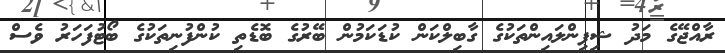
ރާއްޖޭގެ މަދު ޝިޕިންލައިންތަކުގެ ގާބިލްކަން ކުޑަކަމުން ބޭރުގެ ބޮޑެތި ކުންފުނިތަކުގެ ބޯޓުފަހަރު ވެސް